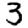
Digit: 3